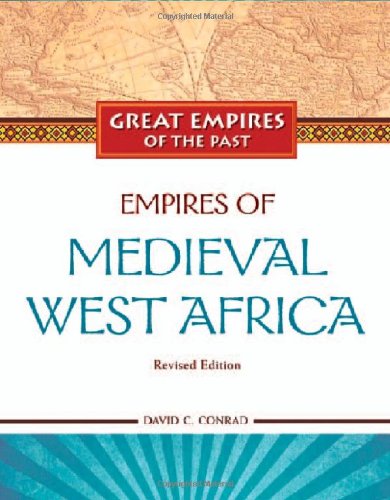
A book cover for Empires of Medieval West Africa: Ghana, Mali, and Songhay (Great Empires of the Past); David C. Conrad; Children's Books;